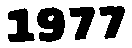
1977